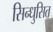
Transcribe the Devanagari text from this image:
सिन्धुसित